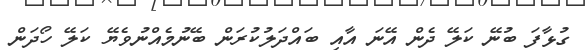
ގުޅާފަ ބުނޭ ކަލޭ ދެން އޭނަ އާއި ބައްދަލުކުރަން ބޭނުމެއްނުވެޔޭ ކަލޭ ހޯދަން